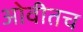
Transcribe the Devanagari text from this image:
ओवीतच